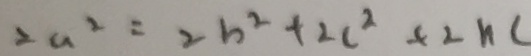
2 a ^ { 2 } = 2 b ^ { 2 } + 2 c ^ { 2 } + 2 h c